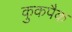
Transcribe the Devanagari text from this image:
कुकपैक